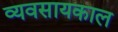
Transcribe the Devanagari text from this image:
व्यवसायकाल